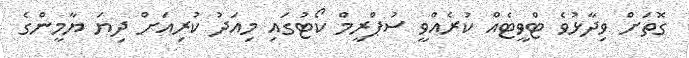
ގޮތަށް ވިދާޅުވެ ޓްވީޓެއް ކުރެއްވީ ސުޕްރީމް ކޯޓުގައި މިއަދު ކުރިއަށް ދިޔަ ޔާމީންގެ